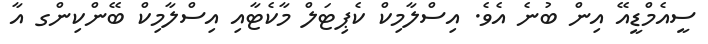
ސީއެމްޑީއޭ އިން ބުނެ އެވެ. އިސްލާމިކް ކެޕިޓަލް މާކެޓާއި އިސްލާމިކް ބޭންކިންގ އާ